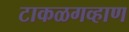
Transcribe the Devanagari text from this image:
टाकळगव्हाण